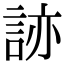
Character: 𧧩